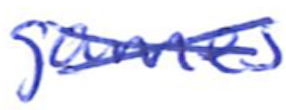
Text: games
Cross-out: mix
Writing tool: ballpoint